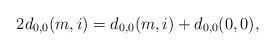
LaTeX: \begin{align*}2 d_{0,0}(m,i)=d_{0,0}(m,i)+d_{0,0}(0,0),\end{align*}